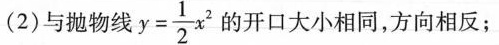
(2)与抛物线$$y = \frac { 1 } { 2 } x ^ { 2 }$$的开口大小相同，方向相反；